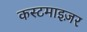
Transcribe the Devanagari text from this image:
कस्टमाइज़र